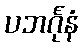
ပဘင်္ဂုနံ